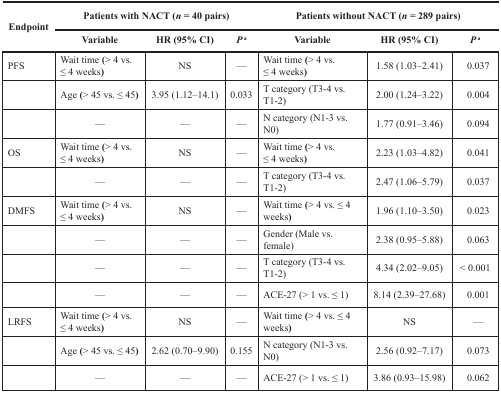
| <ROWSPAN=2> Endpoint | <COLSPAN=3> Patients with NACT (n = 40 pairs) | <COLSPAN=3> Patients without NACT (n = 289 pairs) |
 | Variable | HR (95% CI) | Pa | Variable | HR (95% CI) | Pa |
 | --- | --- | --- | --- | --- | --- | --- |
 | PFS | Wait time (> 4 vs. ≤ 4 weeks) | NS | — | Wait time (> 4 vs. ≤ 4 weeks) | 1.58 (1.03–2.41) | 0.037 |
 |  | Age (> 45 vs. ≤ 45) | 3.95 (1.12–14.1) | 0.033 | T category (T3-4 vs. T1-2) | 2.00 (1.24–3.22) | 0.004 |
 |  | — | — | — | N category (N1-3 vs. N0) | 1.77 (0.91–3.46) | 0.094 |
 | OS | Wait time (> 4 vs. ≤ 4 weeks) | NS | — | Wait time (> 4 vs. ≤ 4 weeks) | 2.23 (1.03–4.82) | 0.041 |
 |  | — | — | — | T category (T3-4 vs. T1-2) | 2.47 (1.06–5.79) | 0.037 |
 | DMFS | Wait time (> 4 vs. ≤ 4 weeks) | NS | — | Wait time (> 4 vs. ≤ 4 weeks) | 1.96 (1.10–3.50) | 0.023 |
 |  | — | — | — | Gender (Male vs. female) | 2.38 (0.95–5.88) | 0.063 |
 |  | — | — | — | T category (T3-4 vs. T1-2) | 4.34 (2.02–9.05) | < 0.001 |
 |  | — | — | — | ACE-27 (> 1 vs. ≤ 1) | 8.14 (2.39–27.68) | 0.001 |
 | LRFS | Wait time (> 4 vs. ≤ 4 weeks) | NS | — | Wait time (> 4 vs. ≤ 4 weeks) | NS | — |
 |  | Age (> 45 vs. ≤ 45) | 2.62 (0.70–9.90) | 0.155 | N category (N1-3 vs. N0) | 2.56 (0.92–7.17) | 0.073 |
 |  | — | — | — | ACE-27 (> 1 vs. ≤ 1) | 3.86 (0.93–15.98) | 0.062 |